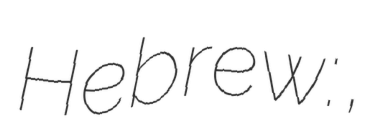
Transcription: Hebrew: גּוֹלֶם‎,